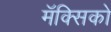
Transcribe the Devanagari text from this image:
मॅक्सिको